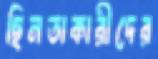
ছিনতাকারীদের